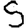
Digit: 5